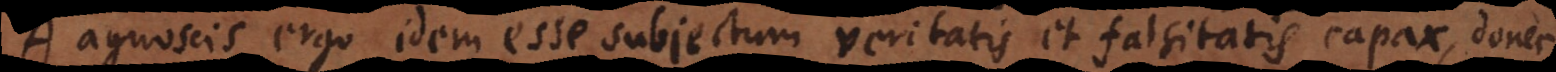
A. Agnoscis ergo idem esse subjectum veritatis et falsitatis capax, donec